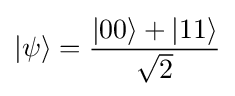
|\psi \rangle ={\frac {|00\rangle +|11\rangle }{\sqrt {2}}}